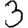
Digit: 3